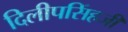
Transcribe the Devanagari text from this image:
दिलीपसिंहजी